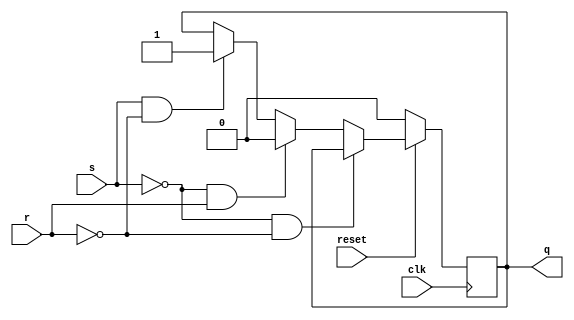
module srff(s,r,reset,clk,q);
input s,r,clk,reset;
output reg q=0;

always@(negedge clk)
	begin
		if (reset == 0)
			q=0;
		else
			if(s==0 & r == 0)
				q = q;
			else if (s==0 & r==1)
				q=0;
			else if (s==1 & r==0)
				q=1;
			else 
				$display("Not Determined");
	end
endmodule

/////Test Bench////////

module srff_tb();
reg s,r,clk,reset;
wire q;
srff sff(s,r,reset,clk,q);
initial
	begin
		clk =0;
#50 $stop;
	end
always
	begin
	#5 clk = ~clk;
	end
initial
	begin
		reset=0; s=0; r=0;
#10	reset=1; s=0;r=1;
#10	reset=1; s=1;r=1;
#10	reset=1; s=0;r=0;
	end
endmodule